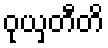
ဝုယှတီတိ